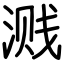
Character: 溅